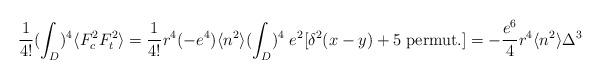
LaTeX: \begin{align*}\frac{1}{4!}(\int_{D})^{4}\langle F_{c}^{2}F_{t}^{2}\rangle =\frac{1}{4!}r^{4}(-e^{4})\langle n^{2}\rangle (\int_{D})^{4}\;e^{2}[\delta^{2}(x-y)+5\;{\rm permut.}]=-\frac{e^{6}}{4}r^{4}\langle n^{2}\rangle\Delta^{3}\end{align*}